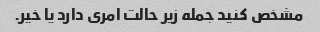
مشخص کنید جمله زیر حالت امری دارد یا خیر.